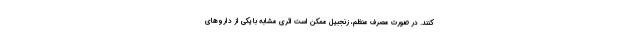
کنند. در صورت مصرف منظم، زنجبیل ممکن است اثری مشابه با یکی از داروهای